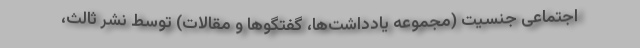
اجتماعی جنسیت (مجموعه یادداشت‌ها، گفتگوها و مقالات) توسط نشر ثالث،